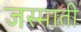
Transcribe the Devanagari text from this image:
जस्माती